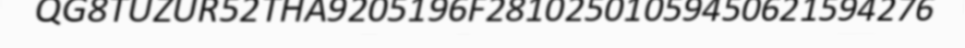
QG8TUZUR52THA9205196F28102501059450621594276